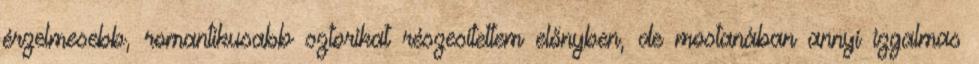
érzelmesebb, romantikusabb sztorikat részesítettem előnyben, de mostanában annyi izgalmas